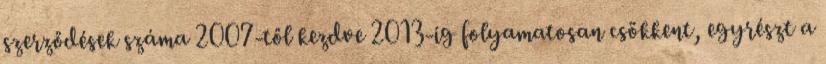
szerződések száma 2007-től kezdve 2013-ig folyamatosan csökkent, egyrészt a